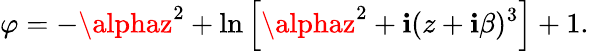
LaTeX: \varphi=-\alphaz^{2}+\ln\left[\alphaz^{2}+\mathbf{i}(z+\mathbf{i}\beta)^{3}\right]+1.